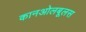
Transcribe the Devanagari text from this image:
कानओलबूलस